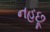
નહછૂ